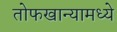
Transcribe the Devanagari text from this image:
तोफखान्यामध्ये